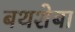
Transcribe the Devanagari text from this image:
बथशेबा